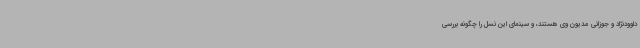
داوودنژاد و جوزانی مدیون وی هستند، و سینمای این نسل را چگونه بررسی